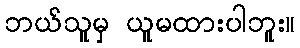
ဘယ်သူမှ ယူမထားပါဘူး။